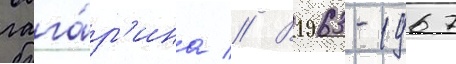
гага́р'ина // В 1963-1967